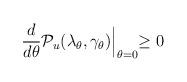
LaTeX: \begin{align*}\frac{d}{d\theta}\mathcal{P}_u(\lambda_\theta,\gamma_\theta)\Bigl|_{\theta=0}\geq 0\end{align*}